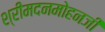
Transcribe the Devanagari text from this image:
श्रीमदनमोहनजी